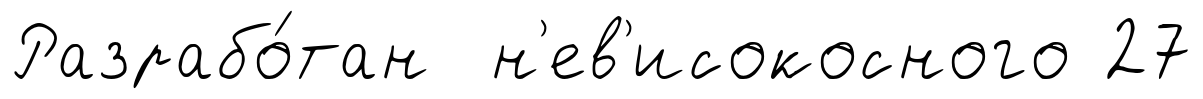
Разрабо́тан н'ев'исокосного 27